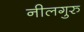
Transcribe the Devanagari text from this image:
नीलगुरु